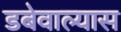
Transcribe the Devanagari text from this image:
डबेवाल्यास